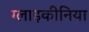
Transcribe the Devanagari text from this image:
ग्लाइकीनिया